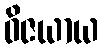
ဝိဇယာယ